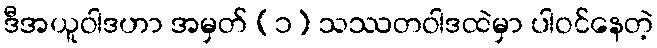
ဒီအယူဝါဒဟာ အမှတ် (၁) သဿတဝါဒထဲမှာ ပါဝင်နေတဲ့